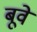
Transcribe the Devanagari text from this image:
बूवे